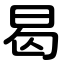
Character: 曷